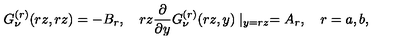
G _ { \nu } ^ { ( r ) } ( r z , r z ) = - B _ { r } , \quad r z \frac { \partial } { \partial y } G _ { \nu } ^ { ( r ) } ( r z , y ) \mid _ { y = r z } = A _ { r } , \quad r = a , b ,